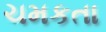
ચમકતા